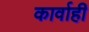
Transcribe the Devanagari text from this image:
कार्वाही